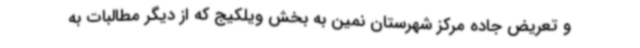
و تعریض جاده مرکز شهرستان نمین به بخش ویلکیج که از دیگر مطالبات به